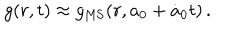
LaTeX: g ( r , t ) \approx g _ { \mathrm { M S } } ( r , a _ { 0 } + \dot { a } _ { 0 } t ) \, .